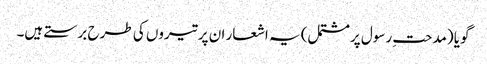
گویا (مدحتِ رسول پرمشتمل) یہ اشعار ان پر تیروں کی طرح برستے ہیں۔